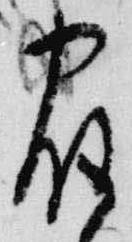
宿